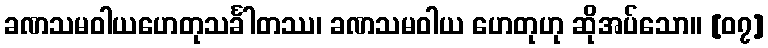
ခဏသမဝါယဟေတုသင်္ခါတဿ၊ ခဏသမဝါယ ဟေတုဟု ဆိုအပ်သော။ [၀၇]